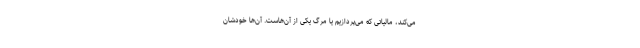
می‌کند، مالیاتی که می‌پردازیم یا مرگ یکی از آن‌هاست. آن‌ها خودشان